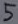
Text: 5